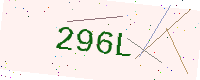
Text: 296L